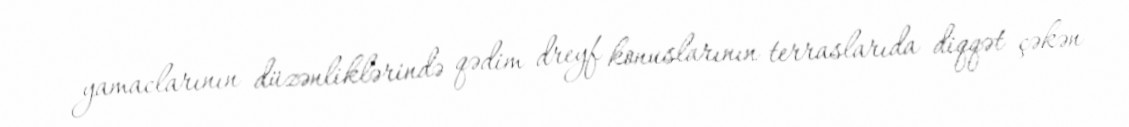
yamaclarının düzənliklərində qədim dreyf konuslarının terraslarıda diqqət çəkən